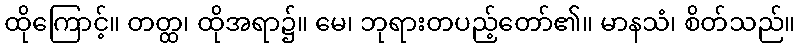
ထိုကြောင့်။ တတ္ထ၊ ထိုအရာ၌။ မေ၊ ဘုရားတပည့်တော်၏။ မာနသံ၊ စိတ်သည်။